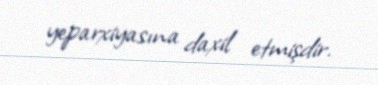
yeparxiyasına daxil etmişdir.